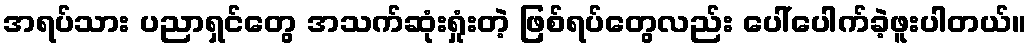
အရပ်သား ပညာရှင်တွေ အသက်ဆုံးရှုံးတဲ့ ဖြစ်ရပ်တွေလည်း ပေါ်ပေါက်ခဲ့ဖူးပါတယ်။